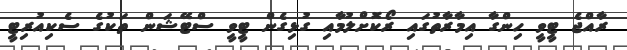
ރާއްޖެ ޓީވީ ހިންގާ އިމާރާތުގައި ރޯކޮށްލުމާއި ގުޅިގެން ޓީވީ ސްޓޭޝަން ތަކުގެ ސެކިއުރިޓީ